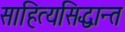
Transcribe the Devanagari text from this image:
साहित्यसिद्धान्त